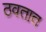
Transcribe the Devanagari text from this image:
ठवतात